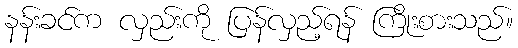
နန်းခင်က လှည်းကို ပြန်လှည့်ရန် ကြိုးစားသည်။